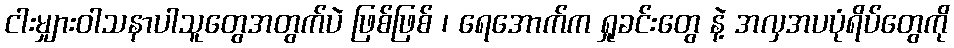
ငါးမျှားဝါသနာပါသူတွေအတွက်ပဲ ဖြစ်ဖြစ် ၊ ရေအောက်က ရှုခင်းတွေ နဲ့ အလှအပပုံရိပ်တွေကို